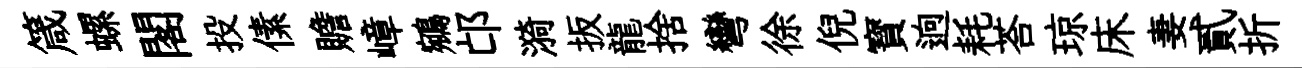
箴螺閣投傃贍嶂鵷邙漪扳龍捨彎徐倪寳逈耗荅琼床妻貳折